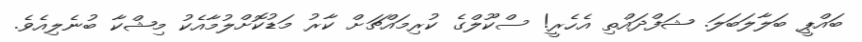
ބައްޕީ ބަލާލަބަލަ. ޝަފްދައްތި އެހެރީ! ސްކޫލްގެ ކުރިމައްޗަށް ކާރު މަޑުކޮށްލުމާއެކު މިޝްކާ ބުނެލިއެވެ.